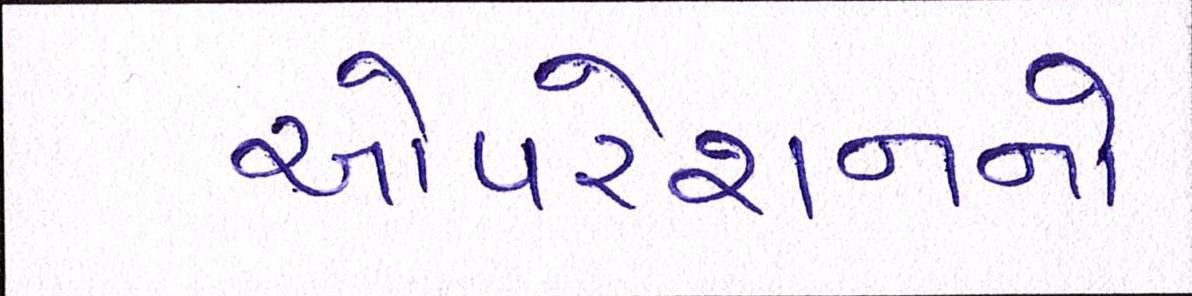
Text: ઓપરેશનનો